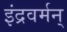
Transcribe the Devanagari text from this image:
इंद्रवर्मन्‌